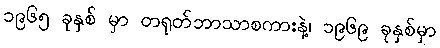
၁၉၆၅ ခုနှစ် မှာ တရုတ်ဘာသာစကားနဲ့၊ ၁၉၆၉ ခုနှစ်မှာ